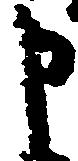
申